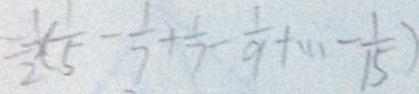
= \frac { 1 } { 2 } \times ( \frac { 1 } { 5 } - \frac { 1 } { 7 } + \frac { 1 } { 7 } - \frac { 1 } { 9 } + \cdots - \frac { 1 } { 1 5 } )